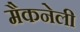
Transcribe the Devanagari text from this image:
मैकनेली